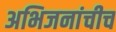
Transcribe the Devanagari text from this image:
अभिजनांचीच